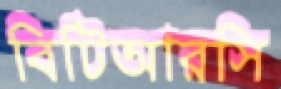
বিটিআরসি